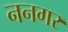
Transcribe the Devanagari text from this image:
ननगर